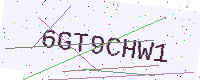
Text: 6GT9CHW1